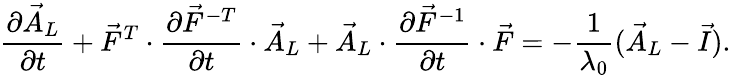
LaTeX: \frac{\partial\vec{A}_{L}}{\partial t}+\vec{F}^{T}\cdot\frac{\partial\vec{F}^{-T}}{\partial t}\cdot\vec{A}_{L}+\vec{A}_{L}\cdot\frac{\partial\vec{F}^{-1}}{\partial t}\cdot\vec{F}=-\frac{1}{\lambda_{0}}(\vec{A}_{L}-\vec{I}).